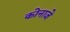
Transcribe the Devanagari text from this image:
कोनाजे